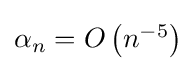
{\textstyle \alpha _{n}=O\left(n^{-5}\right)}